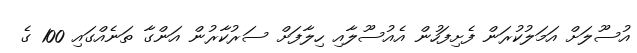
އުސޫލަށް އަމަލުކުރަން ފެށިފަހުން އެއުސޫލާއި ހިލާފަށް ސަރުކާރުން އަންގާ ތަނެއްގައި 100 ގެ